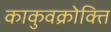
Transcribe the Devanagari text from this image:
काकुवक्रोक्ति